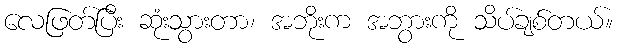
လေဖြတ်ပြီး ဆုံးသွားတာ၊ အဘိုးက အဘွားကို သိပ်ချစ်တယ်။